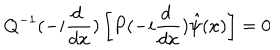
LaTeX: Q ^ { - 1 } ( - i \frac { d ~ } { d x } ) \left[ P ( - i \frac { d ~ } { d x } ) \hat { \psi } ( x ) \right] = 0